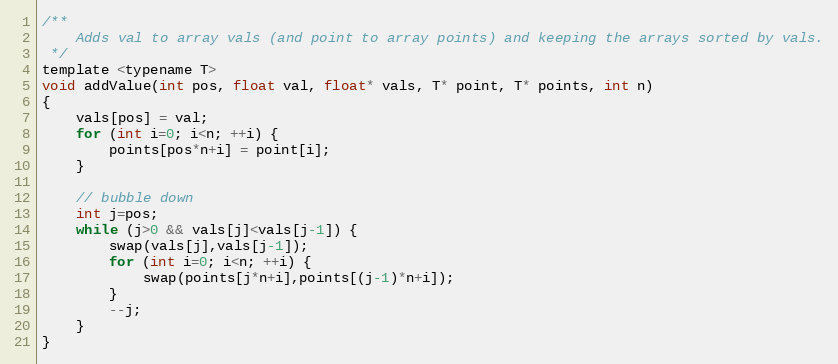
Language: C
/**
    Adds val to array vals (and point to array points) and keeping the arrays sorted by vals.
 */
template <typename T>
void addValue(int pos, float val, float* vals, T* point, T* points, int n)
{
    vals[pos] = val;
    for (int i=0; i<n; ++i) {
        points[pos*n+i] = point[i];
    }

    // bubble down
    int j=pos;
    while (j>0 && vals[j]<vals[j-1]) {
        swap(vals[j],vals[j-1]);
        for (int i=0; i<n; ++i) {
            swap(points[j*n+i],points[(j-1)*n+i]);
        }
        --j;
    }
}